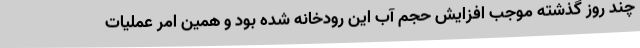
چند روز گذشته موجب افزایش حجم آب این رودخانه شده بود و همین امر عملیات